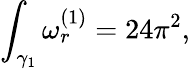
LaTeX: \int_{\gamma_{1}}\omega_{r}^{(1)}=24\pi^{2},